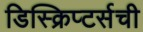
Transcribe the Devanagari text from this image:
डिस्क्रिप्टर्सची